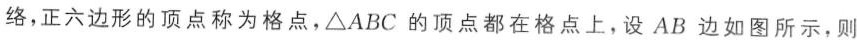
络，正六边形的顶点称为格点，△ABC的顶点都在格点上，设AB边如图所示，则